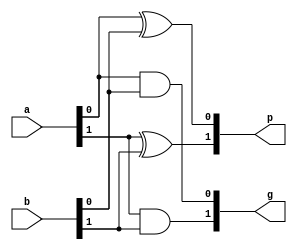
//Craig Hulsebus
module pgu(a, b, p, g);

  input [1:0] a, b;
  output [1:0] p, g;

  xor x1(p[1], a[1], b[1]);
  xor x2(p[0], a[0], b[0]);
  and a1(g[1], a[1], b[1]);
  and a2(g[0], a[0], b[0]);

endmodule